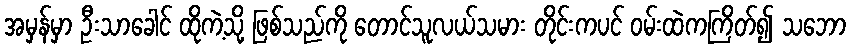
အမှန်မှာ ဦးသာခေါင် ထိုကဲ့သို့ ဖြစ်သည်ကို တောင်သူလယ်သမား တိုင်းကပင် ဝမ်းထဲကကြိတ်၍ သဘော